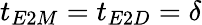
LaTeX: t_{E2M}=t_{E2D}=\delta